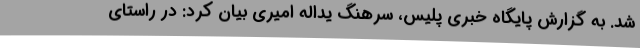
شد. به گزارش پایگاه خبری پلیس، سرهنگ یداله امیری بیان کرد: در راستای